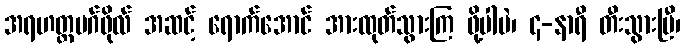
အရဟတ္တမဂ်ဖိုလ် အဆင့် ရောက်အောင် အားထုတ်သွားကြ ဖို့ပါပဲ၊ ၄-နာရီ တီးသွားပြီ၊